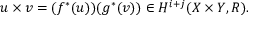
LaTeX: u \times v = ( f ^ { * } ( u ) ) ( g ^ { * } ( v ) ) \in H ^ { i + j } ( X \times Y , R ) .